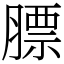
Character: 膘